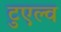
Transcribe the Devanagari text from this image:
टुएल्व